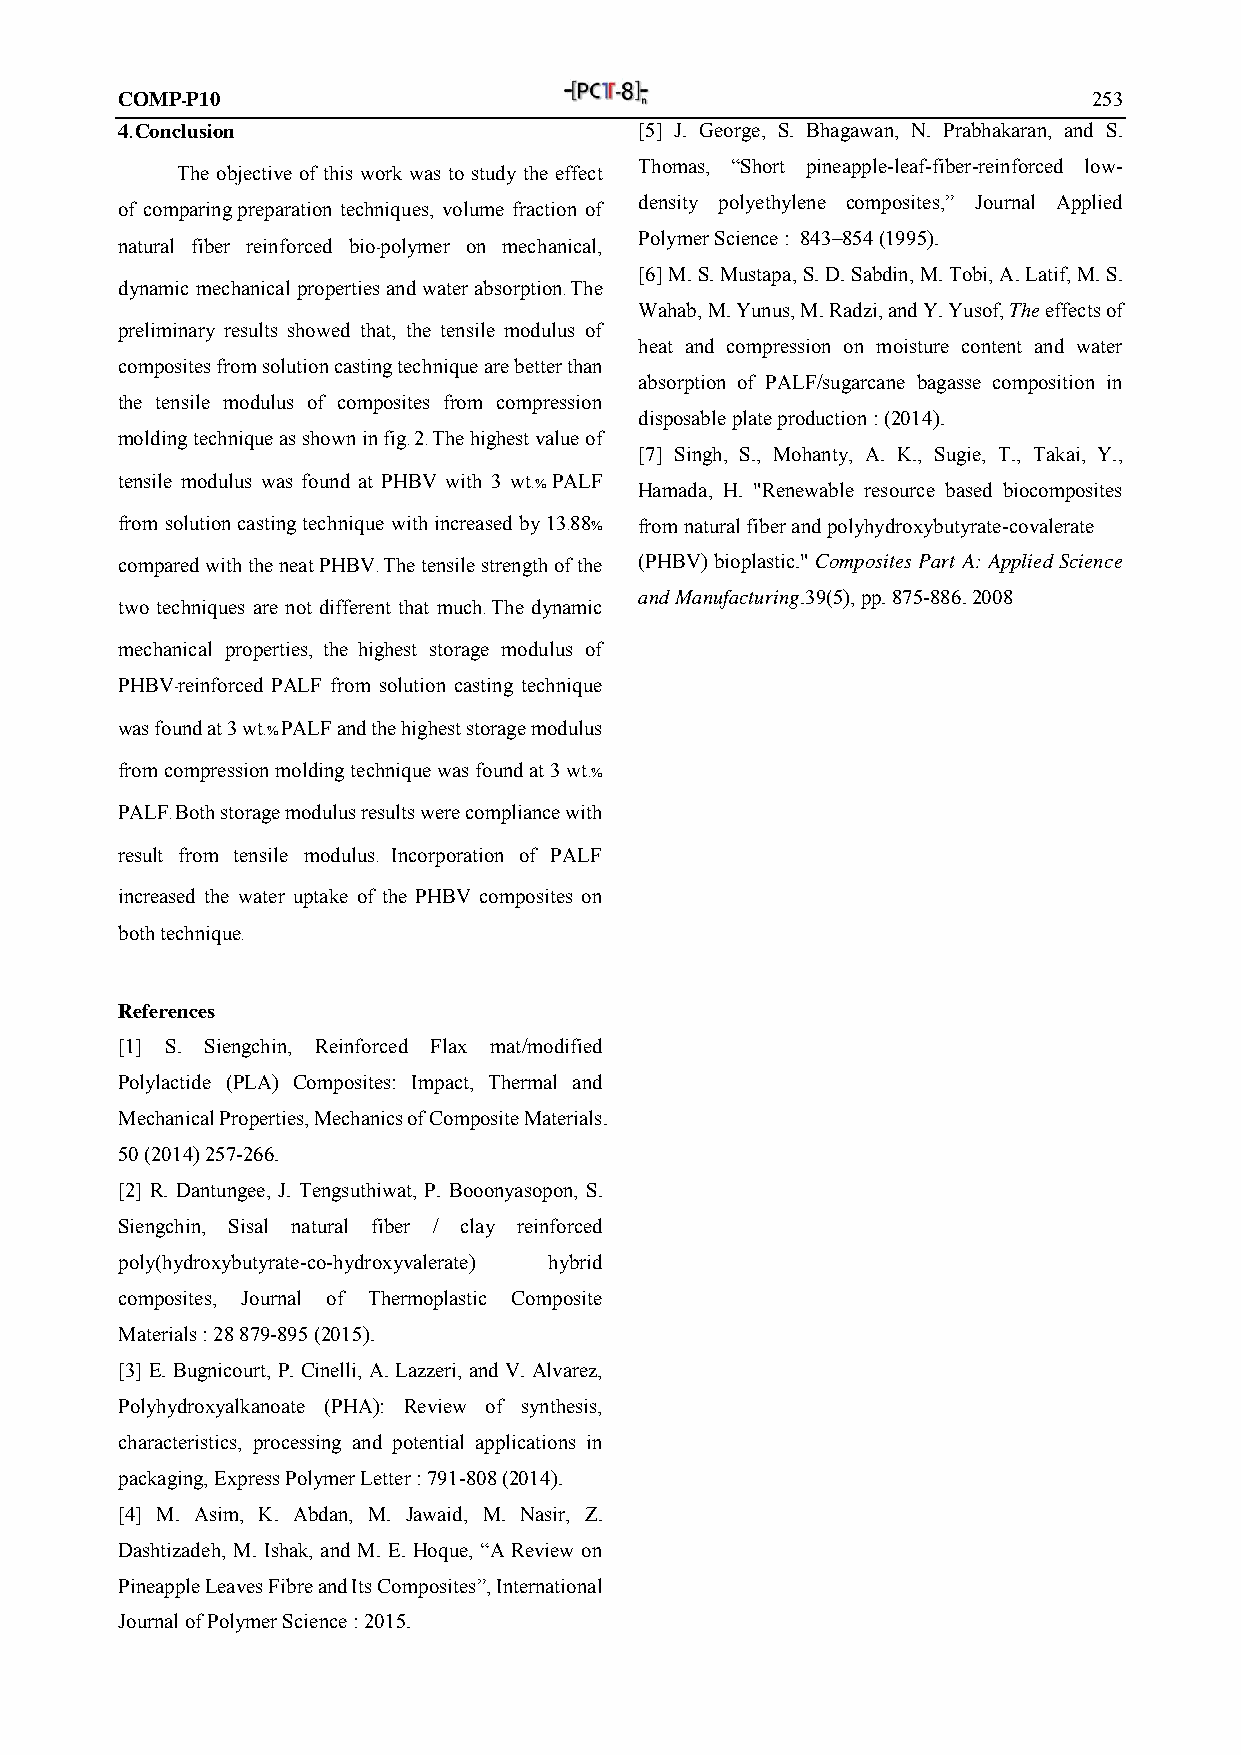
COMP-P10                                                        253
 4. Conclusion                     [5] J. George, S. Bhagawan, N. Prabhakaran, and S.
 Thomas, “Short pineapple-leaf-fiber-reinforced low-
 The objective of this work was to study the effect
 density polyethylene composites,” Journal Applied
 of comparing preparation techniques, volume fraction of
 Polymer Science : 843–854 (1995).
 natural fiber reinforced bio-polymer on mechanical,
 [6] M. S. Mustapa, S. D. Sabdin, M. Tobi, A. Latif, M. S.
 dynamic mechanical properties and water absorption. The
 Wahab, M. Yunus, M. Radzi, and Y. Yusof, The effects of
 preliminary results showed that, the tensile modulus of
 heat and compression on moisture content and water
 composites from solution casting technique are better than
 absorption of PALF/sugarcane bagasse composition in
 the tensile modulus of composites from compression
 disposable plate production : (2014).
 molding technique as shown in fig. 2. The highest value of
 [7] Singh, S., Mohanty, A. K., Sugie, T., Takai, Y.,
 tensile modulus was found at PHBV with 3 wt.% PALF
 Hamada, H. "Renewable resource based biocomposites
 from solution casting technique with increased by 13.88% from natural fiber and polyhydroxybutyrate-covalerate
 compared with the neat PHBV. The tensile strength of the (PHBV) bioplastic." Composites Part A: Applied Science
 and Manufacturing.39(5), pp. 875-886. 2008
 two techniques are not different that much. The dynamic
 mechanical properties, the highest storage modulus of
 PHBV-reinforced PALF from solution casting technique
 was found at 3 wt.% PALF and the highest storage modulus
 from compression molding technique was found at 3 wt.%
 PALF. Both storage modulus results were compliance with
 result from tensile modulus. Incorporation of PALF
 increased the water uptake of the PHBV composites on
 both technique.
 References
 [1] S. Siengchin, Reinforced Flax mat/modified
 Polylactide (PLA) Composites: Impact, Thermal and
 Mechanical Properties, Mechanics of Composite Materials.
 50 (2014) 257-266.
 [2] R. Dantungee, J. Tengsuthiwat, P. Booonyasopon, S.
 Siengchin, Sisal natural fiber / clay reinforced
 poly(hydroxybutyrate-co-hydroxyvalerate) hybrid
 composites, Journal of Thermoplastic Composite
 Materials : 28 879-895 (2015).
 [3] E. Bugnicourt, P. Cinelli, A. Lazzeri, and V. Alvarez,
 Polyhydroxyalkanoate (PHA): Review of synthesis,
 characteristics, processing and potential applications in
 packaging, Express Polymer Letter : 791-808 (2014).
 [4] M. Asim, K. Abdan, M. Jawaid, M. Nasir, Z.
 Dashtizadeh, M. Ishak, and M. E. Hoque, “A Review on
 Pineapple Leaves Fibre and Its Composites”, International
 Journal of Polymer Science : 2015.